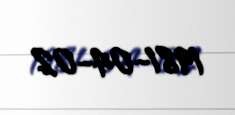
1981-04-02